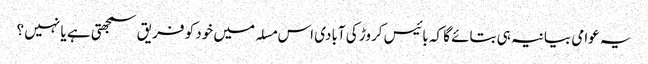
یہ عوامی بیانیہ ہی بتائے گا کہ بائیس کروڑ کی آبادی اس مسلہ میں خود کو فریق سمجھتی ہے یا نہیں ؟